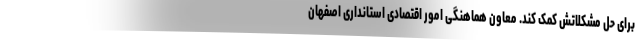
برای حل مشکلاتش کمک کند. معاون هماهنگی امور اقتصادی استانداری اصفهان